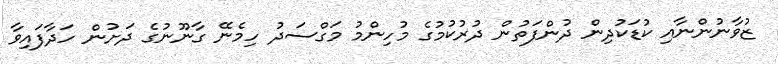
ޒުވާނުންނާއި ކުޑަކުދިން ދުންފަތުން ދުރުކުމުގެ މުހިންމު މަގްސަދު ހިމެނޭ ގާނޫނުގެ ދަށުން ހަދާފައިވާ